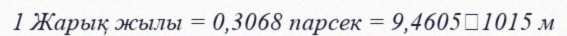
1 Жарық жылы = 0,3068 парсек = 9,46051015 м